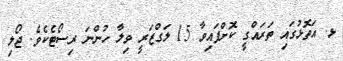
ޅ. އަތޮޅުގައި ތަރައްގީ ކޮށްފައިވާ 15 ލަގްޒަރީ ވިލާ ހުންނަ ރިސޯޓެކެވެ. ޖޯލި